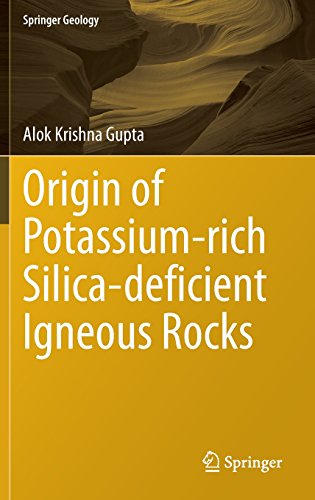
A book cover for Origin of Potassium-rich Silica-deficient Igneous Rocks (Springer Geology); Alok Krishna Gupta; Science & Math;